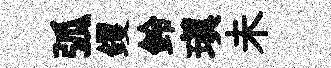
弧钁鈴瑱未